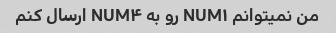
من نمیتوانم NUM۱ رو به NUM۴ ارسال کنم